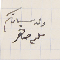
ولد سيادتكم سلىم صاهر